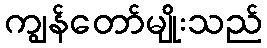
ကျွန်တော်မျိုးသည်